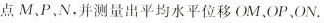
点M、P、N，并测量出平均水平位移OM、OP、ON.